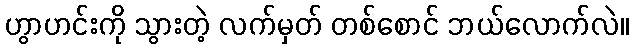
ဟွာဟင်းကို သွားတဲ့ လက်မှတ် တစ်စောင် ဘယ်လောက်လဲ။